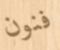
فنون